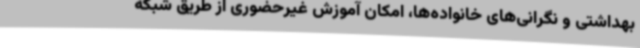
بهداشتی و نگرانی‌های خانواده‌ها، امکان آموزش غیرحضوری از طریق شبکه